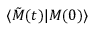
\langle \tilde { M } ( t ) | M ( 0 ) \rangle